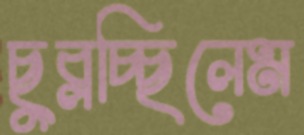
ছুব্‌লচ্ছিলেম